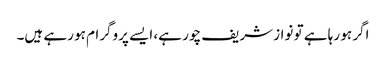
اگر ہو رہا ہے تو نواز شریف چور ہے، ایسے پروگرام ہو رہے ہیں۔